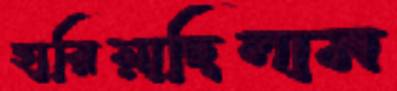
হারিয়াছিলাম